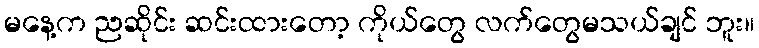
မနေ့က ညဆိုင်း ဆင်းထားတော့ ကိုယ်တွေ လက်တွေမသယ်ချင် ဘူး။